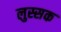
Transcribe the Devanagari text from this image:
लुस्सक